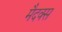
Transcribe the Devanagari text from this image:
मैदक्स